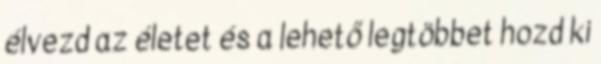
élvezd az életet és a lehető legtöbbet hozd ki